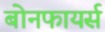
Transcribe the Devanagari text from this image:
बोनफायर्स